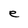
Character: e